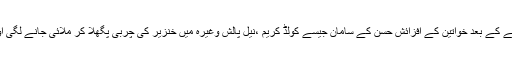
بعدمیں شیونگ کریم میں اس کی آمیزش ہوئی پھر کچھ عرصے کے بعد خواتین کے افزائش حسن کے سامان جیسے کولڈ کریم ،نیل پالش وغیرہ میں خنزیر کی چربی پگھلا کر ملائی جانے لگی اور ٹوتھ پیسٹ میں بھی اس حرام چیزکا استعمال شروع ہو گیا۔